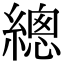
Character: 總